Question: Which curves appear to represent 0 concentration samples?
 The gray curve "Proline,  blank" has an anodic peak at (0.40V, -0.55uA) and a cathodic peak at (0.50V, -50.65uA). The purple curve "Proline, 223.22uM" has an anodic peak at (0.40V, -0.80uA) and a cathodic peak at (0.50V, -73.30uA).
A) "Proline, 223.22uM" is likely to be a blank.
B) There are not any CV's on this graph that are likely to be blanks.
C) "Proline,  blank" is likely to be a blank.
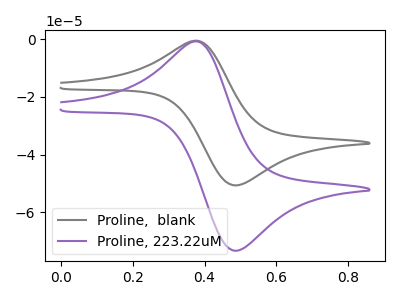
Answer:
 <answer>B) There are not any CV's on this graph that are likely to be blanks.</answer>
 <eval>B</eval>